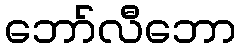
ဘော်လီဘော